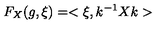
F _ { X } ( g , \xi ) = < \xi , k ^ { - 1 } X k >